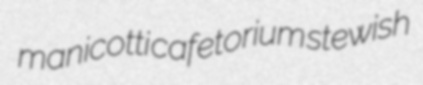
manicotti cafetorium stewish